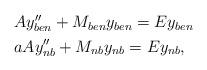
LaTeX: \begin{align*} \begin{aligned} & Ay''_{ben} +M_{ben}y_{ben}=Ey_{ben} \\ & aAy''_{nb} +M_{nb}y_{nb}=Ey_{nb},\end{aligned}\end{align*}